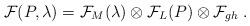
LaTeX: \begin{align*}\mathcal{F}(P,\lambda)=\mathcal{F}_M(\lambda)\otimes\mathcal{F}_L(P)\otimes\mathcal{F}_{gh}\;.\end{align*}